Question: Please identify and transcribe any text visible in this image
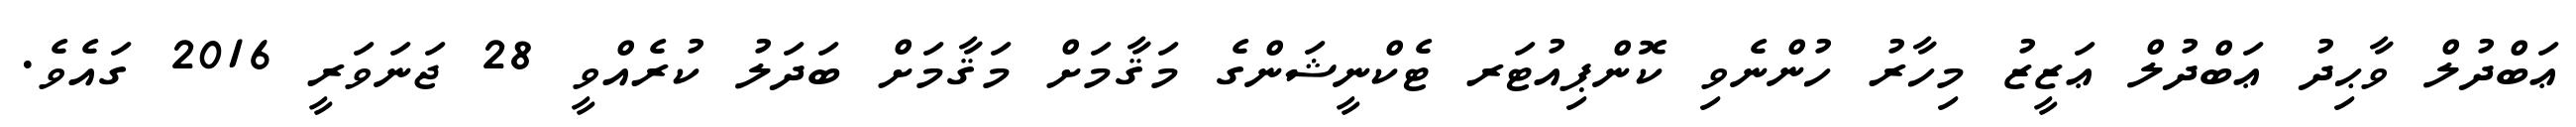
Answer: ޢަބްދުލް ވާޙިދު ޢަބްދުލް ޢަޒީޒު މިހާރު ހުންނެވި ކޮންޕިއުޓަރ ޓެކްނީޝަންގެ މަޤާމަށް މަޤާމަށް ބަދަލު ކުރެއްވީ 28 ޖަނަވަރީ 2016 ގައެވެ.